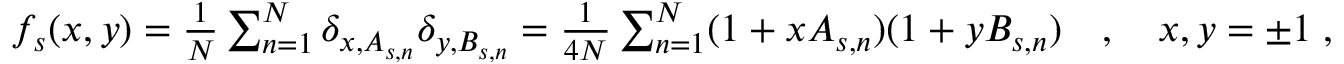
\begin{array} { r } { f _ { s } ( x , y ) = \frac { 1 } { N } \sum _ { n = 1 } ^ { N } \delta _ { x , A _ { s , n } } \delta _ { y , B _ { s , n } } = \frac { 1 } { 4 N } \sum _ { n = 1 } ^ { N } ( 1 + x A _ { s , n } ) ( 1 + y B _ { s , n } ) \quad , \quad x , y = \pm 1 \; , } \end{array}